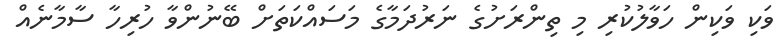
ވަކި ވަކިން ހަވާލުކުރި މި ތިންރަށުގެ ނަރުދަމާގެ މަސައްކަތަށް ބޭނުންވާ ހުރިހާ ސާމާނެއް